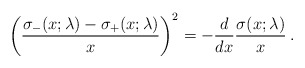
\begin{align*}\left({\sigma_-(x;\lambda)-\sigma_+(x;\lambda)\over x}\right)^2= - {d\over dx}{\sigma(x;\lambda)\over x} \> .\end{align*}